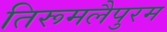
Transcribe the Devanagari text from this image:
तिरूमलैपुरम